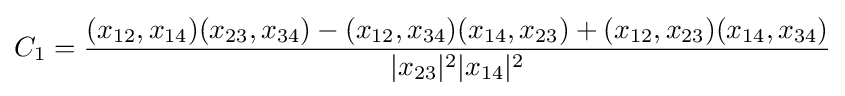
C_{1}={\frac {(x_{12},x_{14})(x_{23},x_{34})-(x_{12},x_{34})(x_{14},x_{23})+(x_{12},x_{23})(x_{14},x_{34})}{|x_{23}|^{2}|x_{14}|^{2}}}